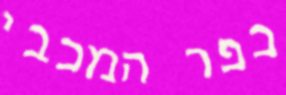
כפר המכבי